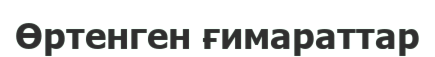
Өртенген ғимараттар